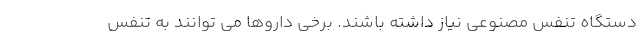
دستگاه تنفس مصنوعی نیاز داشته باشند. برخی داروها می توانند به تنفس